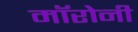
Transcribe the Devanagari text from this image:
मॉरोनी